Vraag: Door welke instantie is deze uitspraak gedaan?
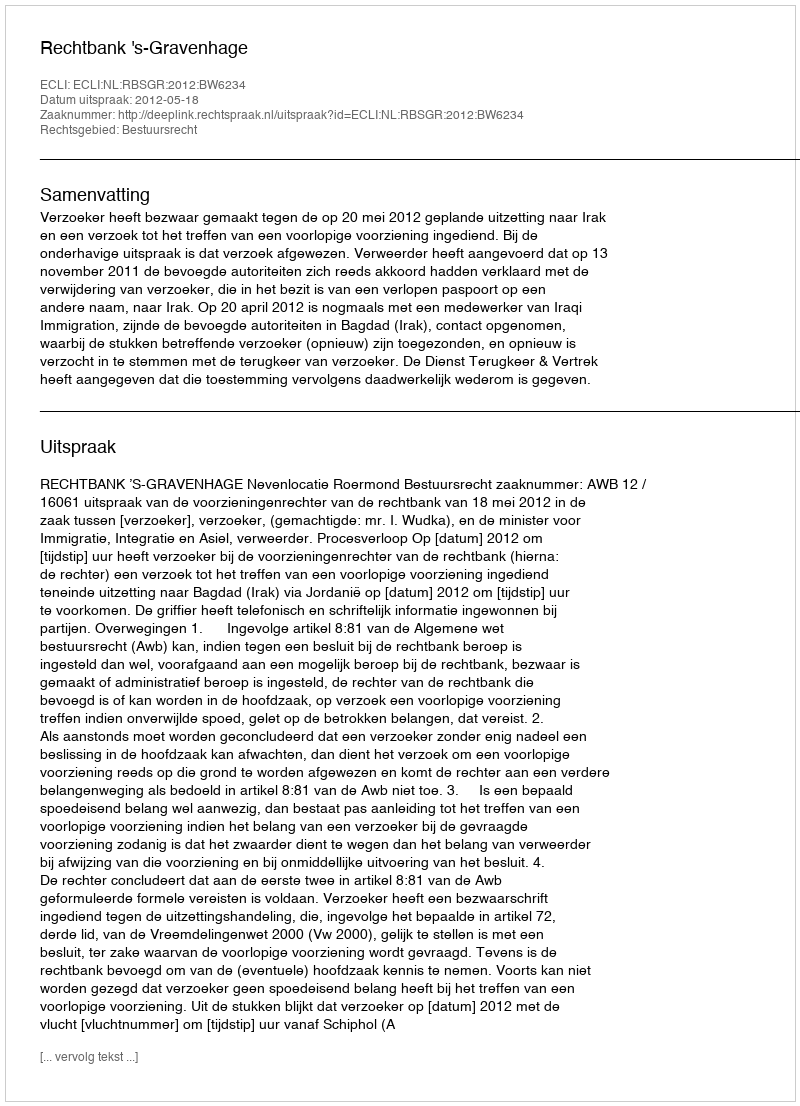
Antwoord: Rechtbank 's-Gravenhage